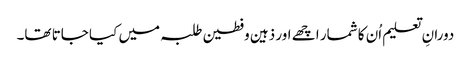
دورانِ تعلیم اُن کا شمار اچھے اور ذہین وفطین طلبہ میں کیا جاتا تھا۔